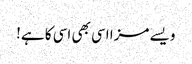
ویسے مزا اسی بھی اسی کا ہے!